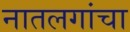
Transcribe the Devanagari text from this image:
नातलगांचा